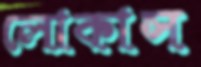
লোকাস